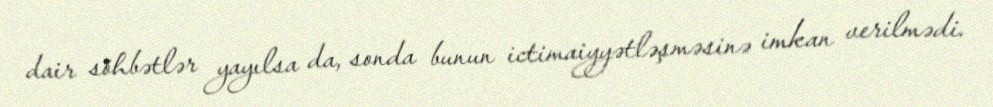
dair söhbətlər yayılsa da, sonda bunun ictimaiyyətləşməsinə imkan verilmədi.